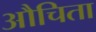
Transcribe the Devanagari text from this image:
औचिता